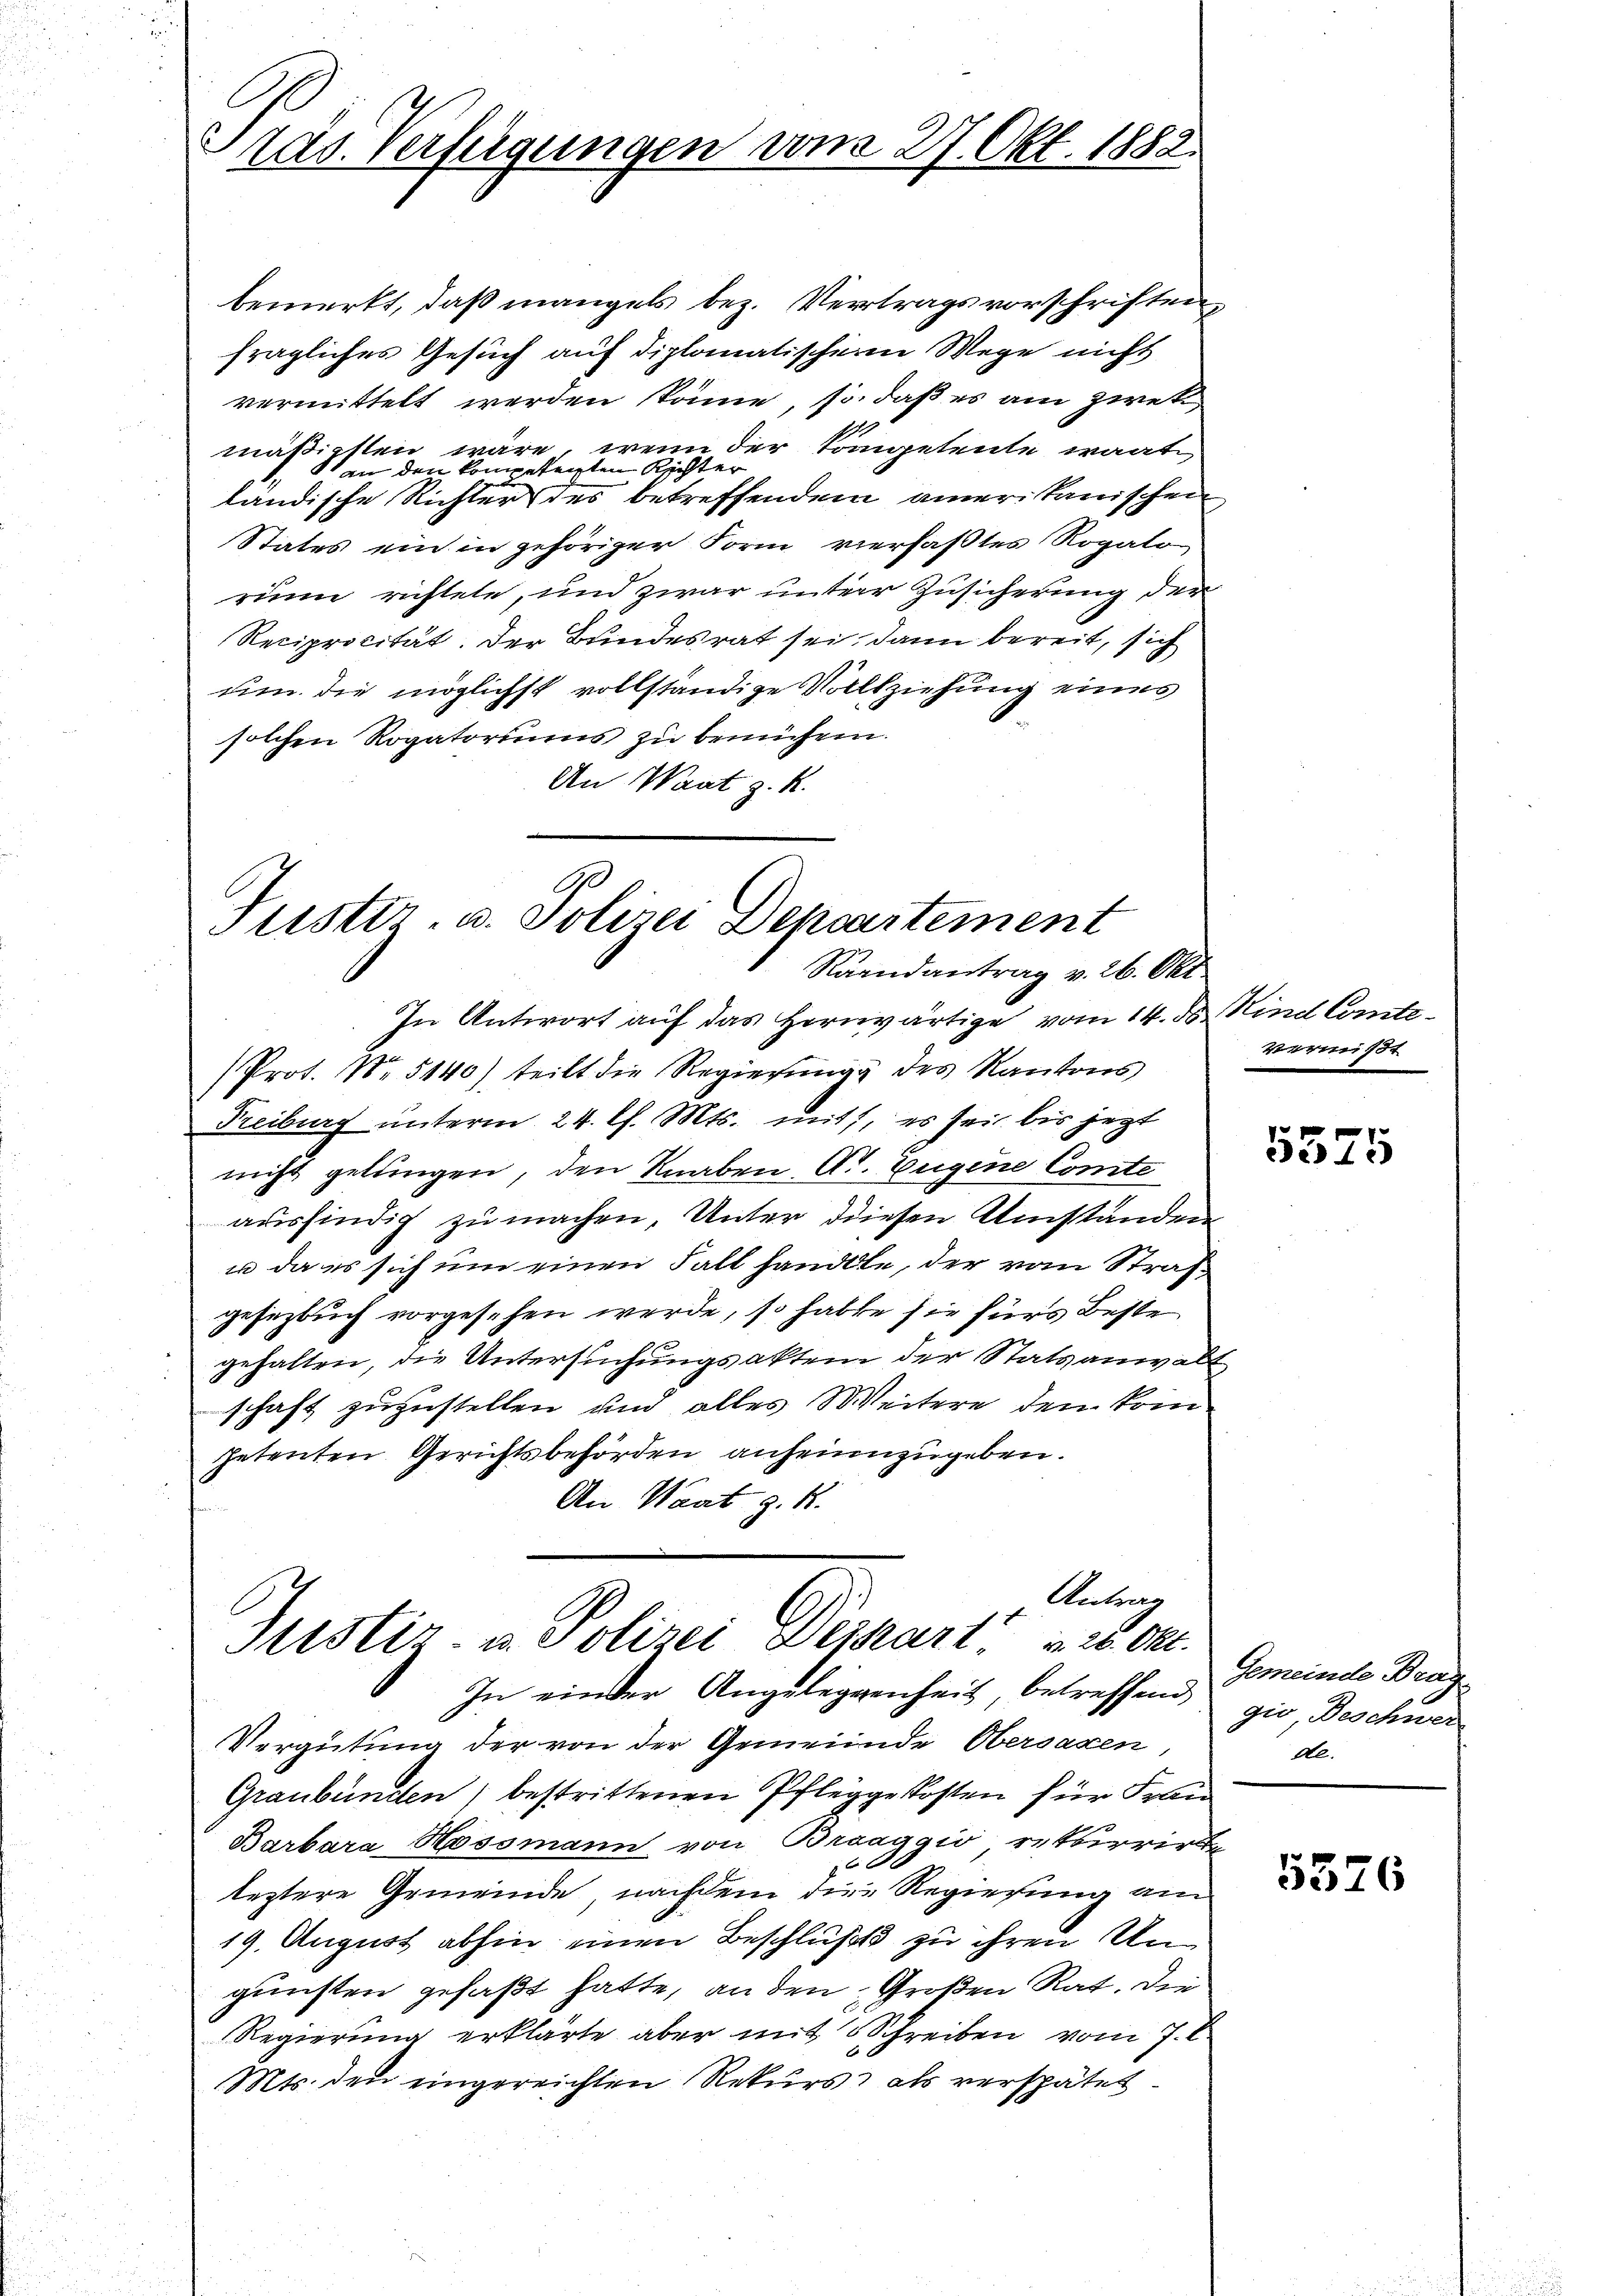
ras. Verfügungen vom 27. Okt. 1882.

bemerkt, daß mangels bez. Vertragsvorschriftenfragliches Gesuch auf diplomatischen Wege nicht
vermittelt werden könne, so daß es am zwek
mäßigsten wäre, wenn der Sompetente warte
an den kompetenten Richter
ländische Richter des betreffendem amerikanischen
States ein in gehöriger Form vierfaßtes Rogato
run richtete, und zwar unterer Zusicherung der
Reciprocität. Der Bundesrat sei, dann bereit, sich
um die möglichst vollständige Vollziehung eines
solchen Rogatoriums zu bemühen.
An Waat z. R.

A
Justiz- u. Polizei Departement
Raandantrag v. 26. Okt.

Antrag
Justiz- u. Polizei Deikart u. 26. Okt.
In einer Angeleggenheit, betreffend Gemeinde Brag¬

In Antwort auf das herwärtige vom 14. d. Kind Comte¬
Prot. No 5140) teilt die Regierung des Kantons
Freiburg unterm 24. Ch. Mts. mit, es sei bis jezt
nicht gelungen, den Knaben, Art. Eugene Comte
ausfindig zu machen, Unter diesen Umständen
u da es sich um einen Fall handle, der vom Straß
gesezbuch vorgesehen werde, so habte sie fürs Beste
gehalten, die Untersuchungsakten der Statsanwalt
schaft zuzustellen und alles Weitere den kompetenten Gerichtsbehörden anheimzugeben.
An Waat z. R.

Vergütung der von der Gemeinde Obersaxen
Graubünden) bestrittenen Pfleggekosten für Frau
Barbara Hossmann von Braaggio retterrirte
leztere Gemeinde, nachdem die Regierung am
19. August abhin einen Beschluß zu ihren Ungunsten gefaßt hatte, an den Großen Rat. Die
Regierung erklärte aber mit Schreiben vom 7.
Mts. den eingereichten Rekurs als verspätet

Vermißt

5325

gio, Deschwer
Al.

5326